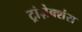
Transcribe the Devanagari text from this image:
ट्रांज़ेक्शंस